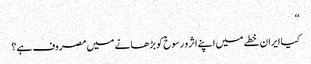
‘‘
کیا ایران خطے میں اپنے اثرو رسوخ کو بڑھانے میں مصروف ہے؟